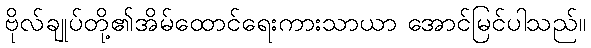
ဗိုလ်ချုပ်တို့၏အိမ်ထောင်ရေးကားသာယာ အောင်မြင်ပါသည်။